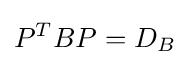
P^{T}BP=D_{B}